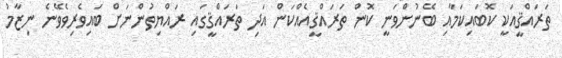
ތަރައްޤީއަކީ ކޮބައިކަމާއި ބޭނުންވަނީ ކޮން ތަރައްޤީއެއްކަން އަދި ތަރައްޤީގައި ރައްޔިތުންނަށް ބައިވެރިވެވޭނެ ނިޒާމު